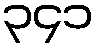
၃၄၁